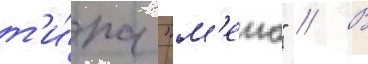
т'и́па "м'еко" // В